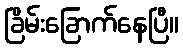
ခြိမ်းခြောက်နေပြီ။